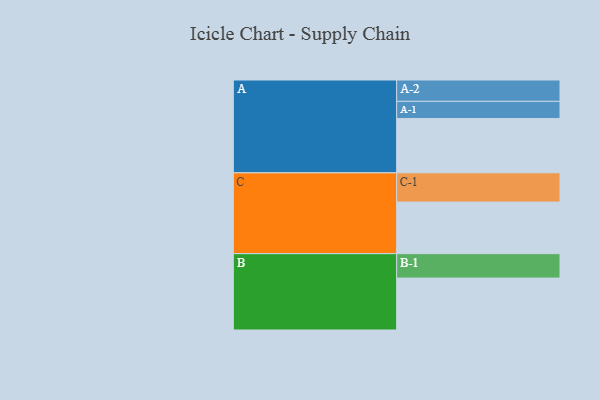
{"axis": {"x": "Segment", "y": "Value"}, "legend": ["", "A", "B", "C"], "data": [{"x": "A", "y": 494, "type": ""}, {"x": "B", "y": 472, "type": ""}, {"x": "C", "y": 469, "type": ""}, {"x": "A-1", "y": 156, "type": "A"}, {"x": "A-2", "y": 194, "type": "A"}, {"x": "B-1", "y": 222, "type": "B"}, {"x": "C-1", "y": 266, "type": "C"}]}